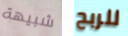
شبيهة للربح